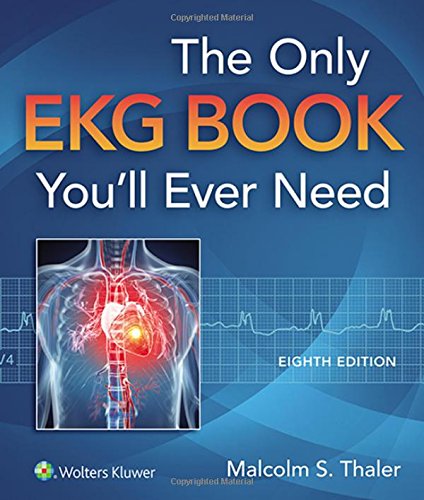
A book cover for The Only EKG Book You'll Ever Need (Thaler, Only EKG Book You'll Ever Need); Malcolm S. Thaler MD; Medical Books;